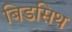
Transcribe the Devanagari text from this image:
बिडसिथ